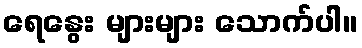
ရေနွေး များများ သောက်ပါ။